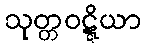
သုတ္တဝဋ္ဋိယာ